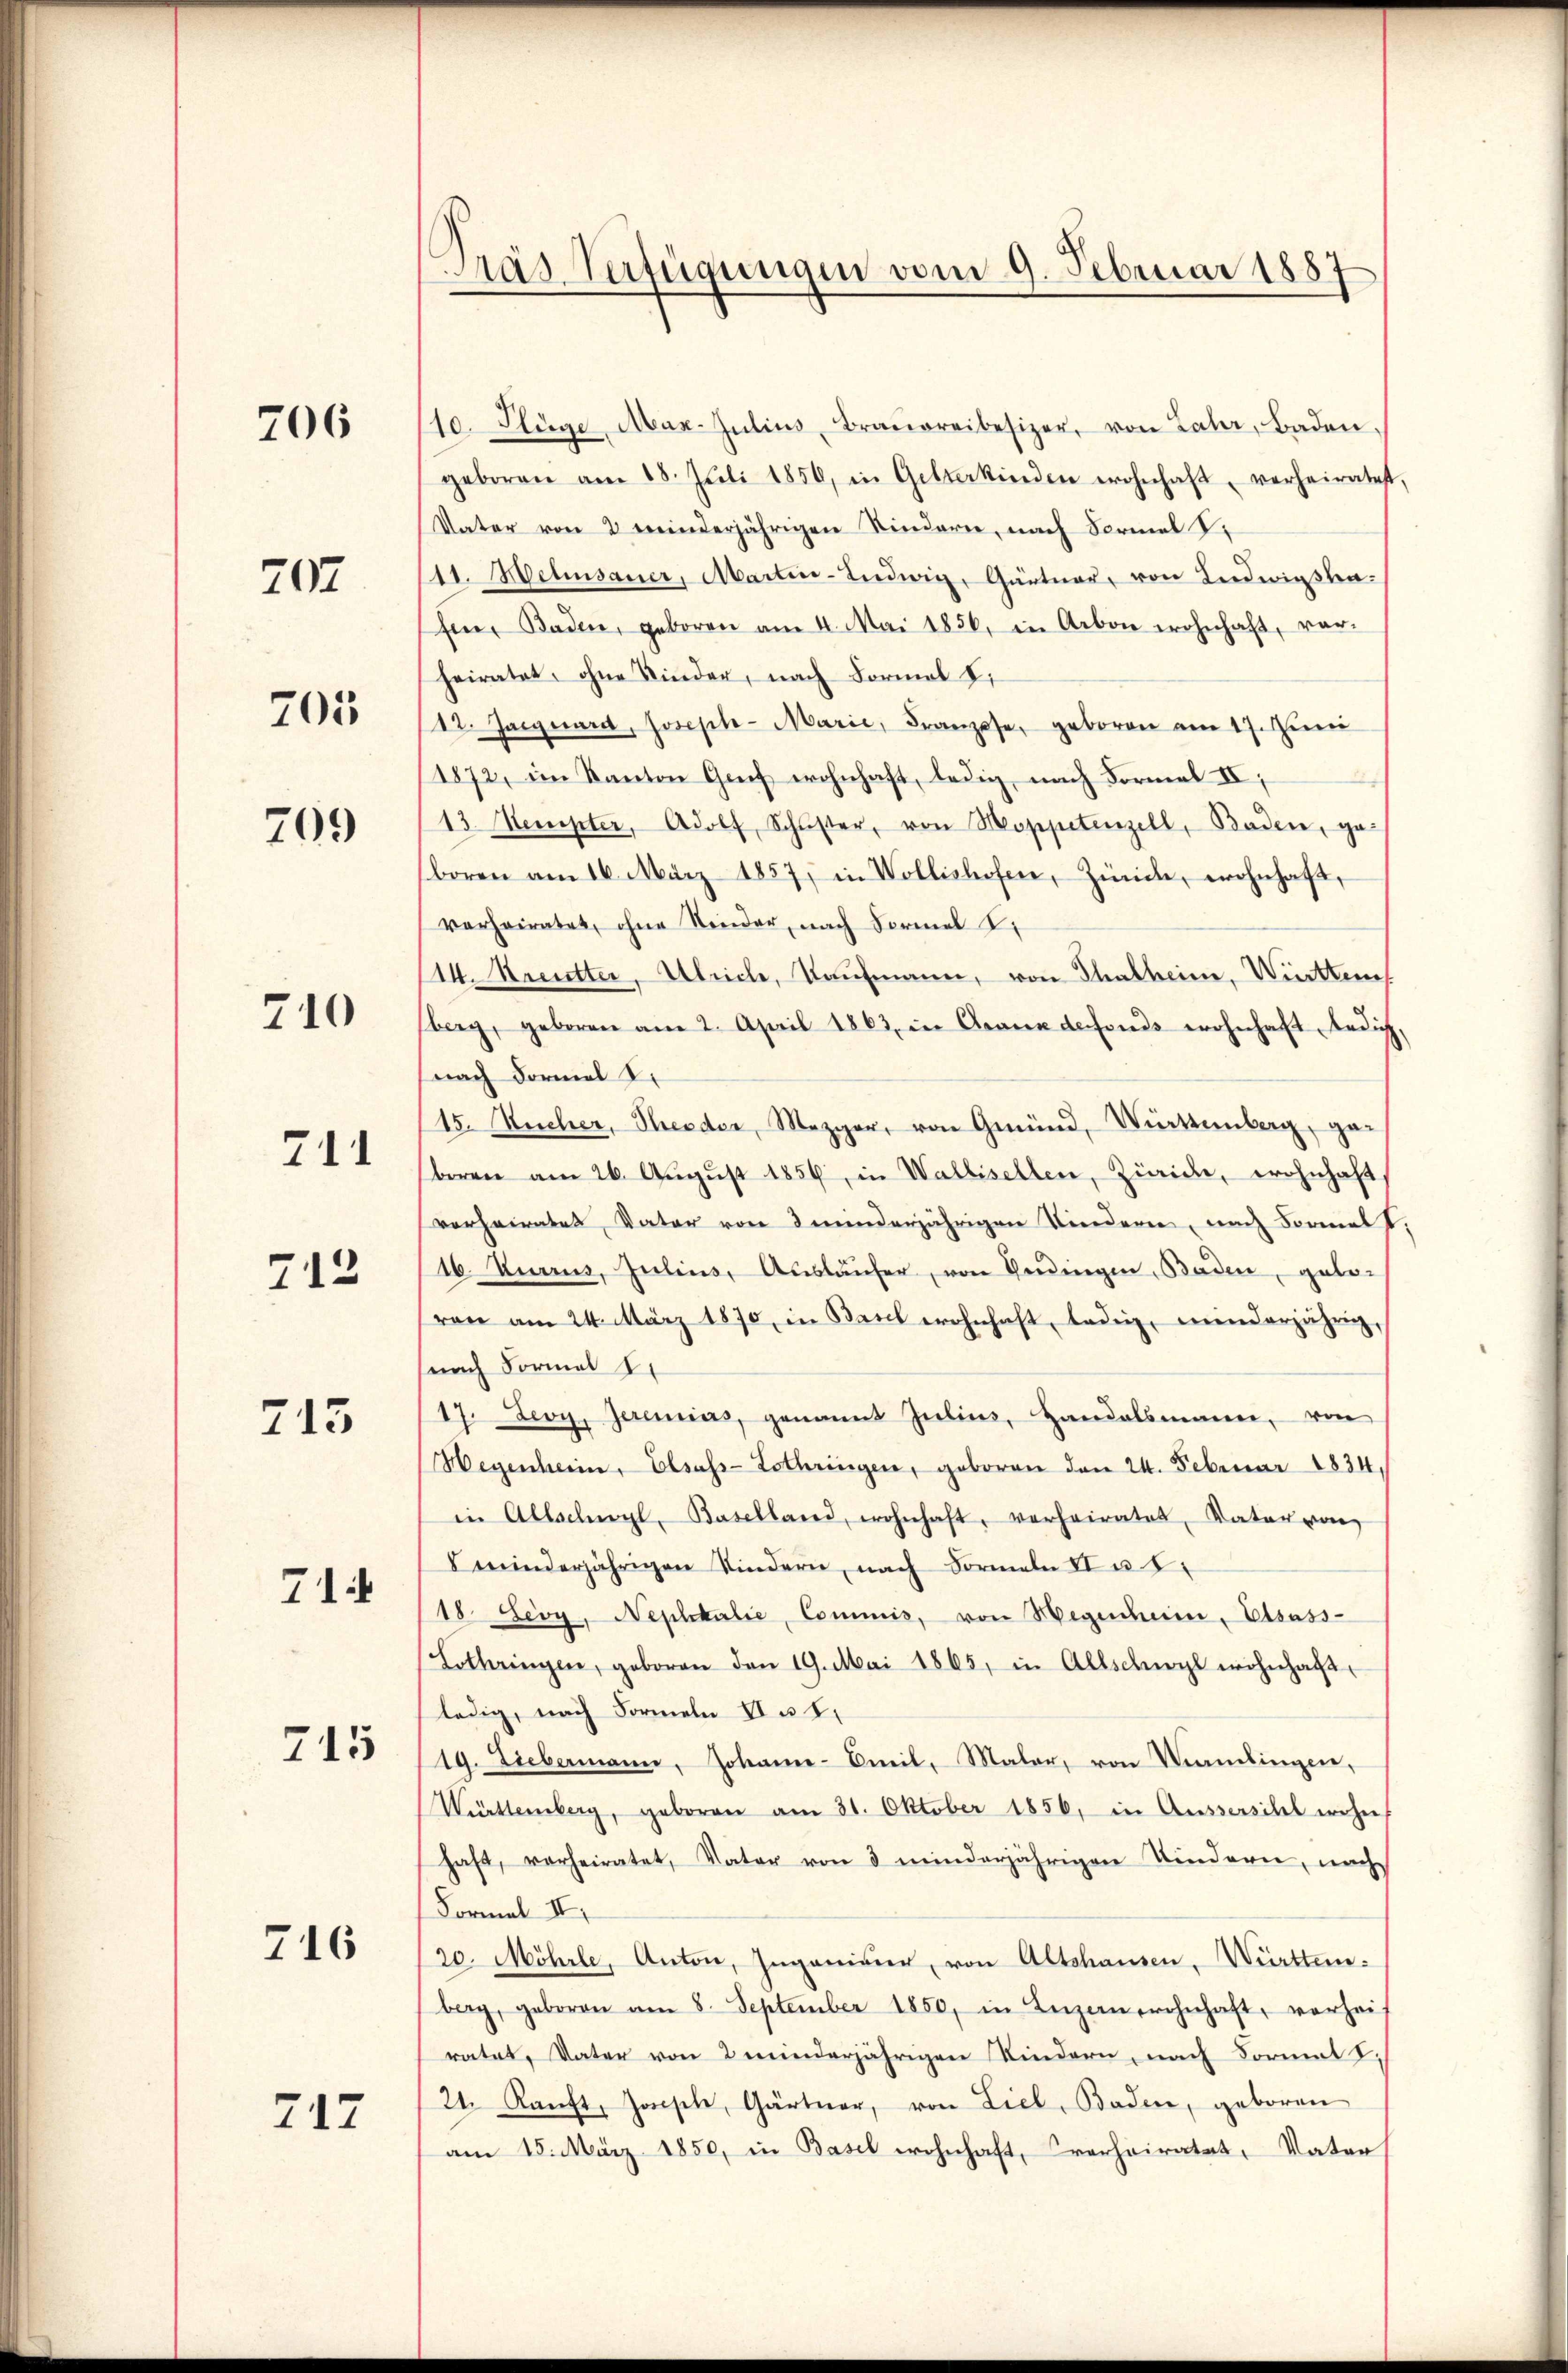
706

707

705

709

710

712

713

711

71

715

716

717

Pras Verfügungen vom 9. Februar 1887

10. Flüge, Mar. Julius, Braŭereibesizer, von Later, Baden,
geboren am 18. Jŭli 1850, in Gesterkinden wohnhaft, verheiratet,
Vater von 2 minderjährigen Kindern, nach Formel V.
11. Helensauer, Martin-Ludwig, Gärtner, von Ludwigslafen, Baden, geboren am 4. Mai 1856, in Arbon wohnhaft, vorheiratet, ohne Kinder, nach Formal 8.
12. Januard, Joseph- Marie, Franzose, geboren am 17. Juni
1872, im Kanton Genf wohnhaft, ledig, nach Formal IV
13. Stempter, Adolf Schŭster, von Moppetenzell, Baden, ge-
boren am 16. März 1857, in Wollishofen, Zürche, wohnhaft,
verheiratet, ohne Kinder, nach Formel 2.
114. Kreutter, Ulriche, Kaufmann, von Thalheim, Winten
fberg, geboren am 2. April 1863, in Grana defonds wohnhaft ledig,
nach Formal 2.
15. Sucher, Theeder, Mezger, von Gmünd, Württemberg, geberen am 26. Aŭgŭst 1856, in Wallisellen, Zürich, wohnhaft
verheirates, Vater von 3 minderjährigen Kindern, nach Formelt,
16. Junius, Julius, Ausläufer, von Verdingen, Baden, geborane am 24. März 1870, in Basel wohnhaft, ledig, minderjährig,
nach Formel 1.
17. Devy, Jeremias, genannt Julius, Handelsmann, von
Wegenheim, Elsass-Lothringen, geboren den 24. Februar 1834.
in Allschwyl, Baselland, wohnhaft, verheiratet, Vater von
minderjährigen Kindern, nach Formeln II u. 8.
18. Leoy. Nephtalie, Commis, von Wegenheim, Elsass-
Lothringen, geboren den 19. Mai 1865, in Allschwyl wohnhaft
ledig, nach Formeln II a 1.
19. Diebermann, Johanne-Emil, Maler, von Vandingen,
Württemberg, geboren am 31. Oktober 1856, in Aussersihl wohn
haft, verheiratet, Vater von 3 minderjährigen Kindern, nach
Formal II.
20. Möhrle, Anton, Ingenieur, von Altshausen, Württemberg, geboren am 8. September 1850, in Luzern wohnhaft, vorhei-
ratet, Vater von 2 minderjährigen Kindern, nach Formal
21. Kaŭft, Jossel, Gärtner, von Liel, Baden, geboren
am 15. März 1850, in Basel wohnhaft, verheiratet, Vater